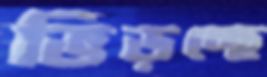
ভিড়চ্ছে